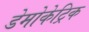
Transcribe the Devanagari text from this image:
डेमोकेट्रिक